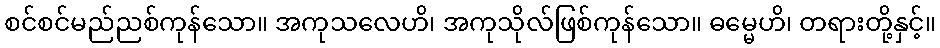
စင်စင်မည်ညစ်ကုန်သော။ အကုသလေဟိ၊ အကုသိုလ်ဖြစ်ကုန်သော။ ဓမ္မေဟိ၊ တရားတို့နှင့်။